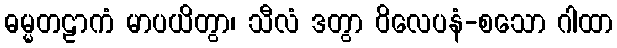
ဓမ္မတဠာကံ မာပယိတွာ၊ သီလံ ဒတွာ ဝိလေပနံ-စသော ဂါထာ